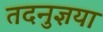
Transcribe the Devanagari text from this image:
तदनुज्ञया